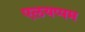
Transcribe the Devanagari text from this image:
एलयप्पम